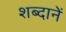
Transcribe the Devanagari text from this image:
शब्दानें